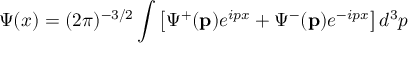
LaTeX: \Psi ( x ) = ( 2 \pi ) ^ { - 3 / 2 } \int \left[ \Psi ^ { + } ( \mathbf { p } ) e ^ { i p x } + \Psi ^ { - } ( \mathbf { p } ) e ^ { - i p x } \right] d ^ { 3 } p